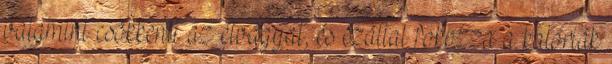
valamint csökkenti az étvágyat, és ezáltal fokozza a kalóriák